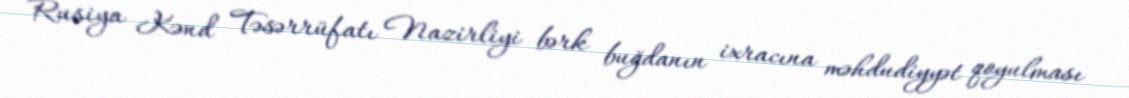
Rusiya Kənd Təsərrüfatı Nazirliyi bərk buğdanın ixracına məhdudiyyət qoyulması